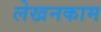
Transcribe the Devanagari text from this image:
लेखनकाम